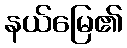
နယ်မြေ၏